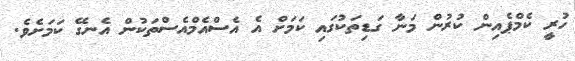
ހުރީ ކެމްޕެއިން ކުރުން މަނާ ގަޑިތަކުގައި ކަމަށް އެ އެސްއެމްއެސްތަކުން އެނގޭ ކަމަށެވެ.